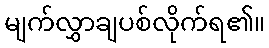
မျက်လွှာချပစ်လိုက်ရ၏။